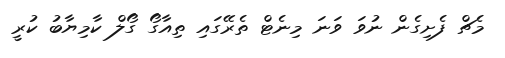
މެޗް ފެށިގެން ނުވަ ވަނަ މިނެޓް ތެރޭގައި ތިއާގޯ ގޯލް ކާމިޔާބު ކުރީ